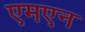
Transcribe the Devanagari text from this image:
एमएन